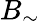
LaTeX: B_{\sim}